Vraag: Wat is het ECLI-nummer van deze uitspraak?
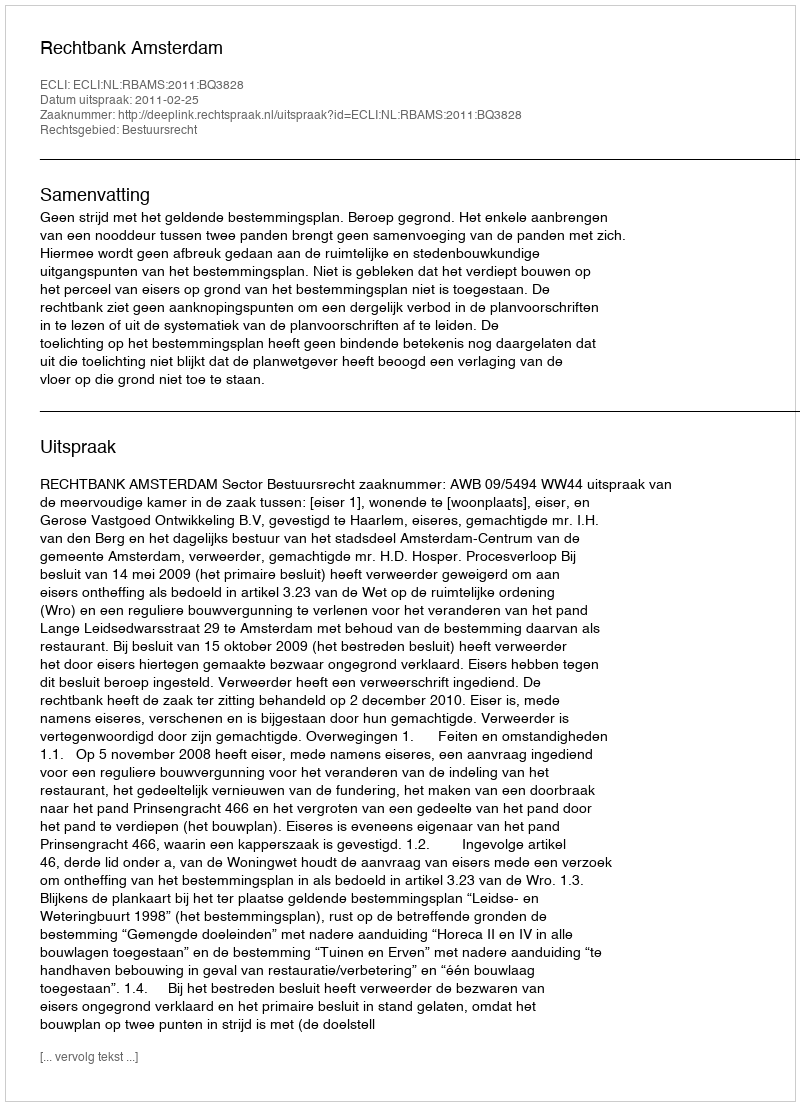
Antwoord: ECLI:NL:RBAMS:2011:BQ3828